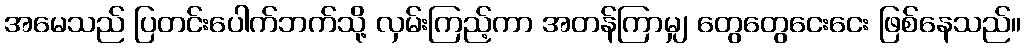
အမေသည် ပြတင်းပေါက်ဘက်သို့ လှမ်းကြည့်ကာ အတန်ကြာမျှ တွေတွေငေးငေး ဖြစ်နေသည်။